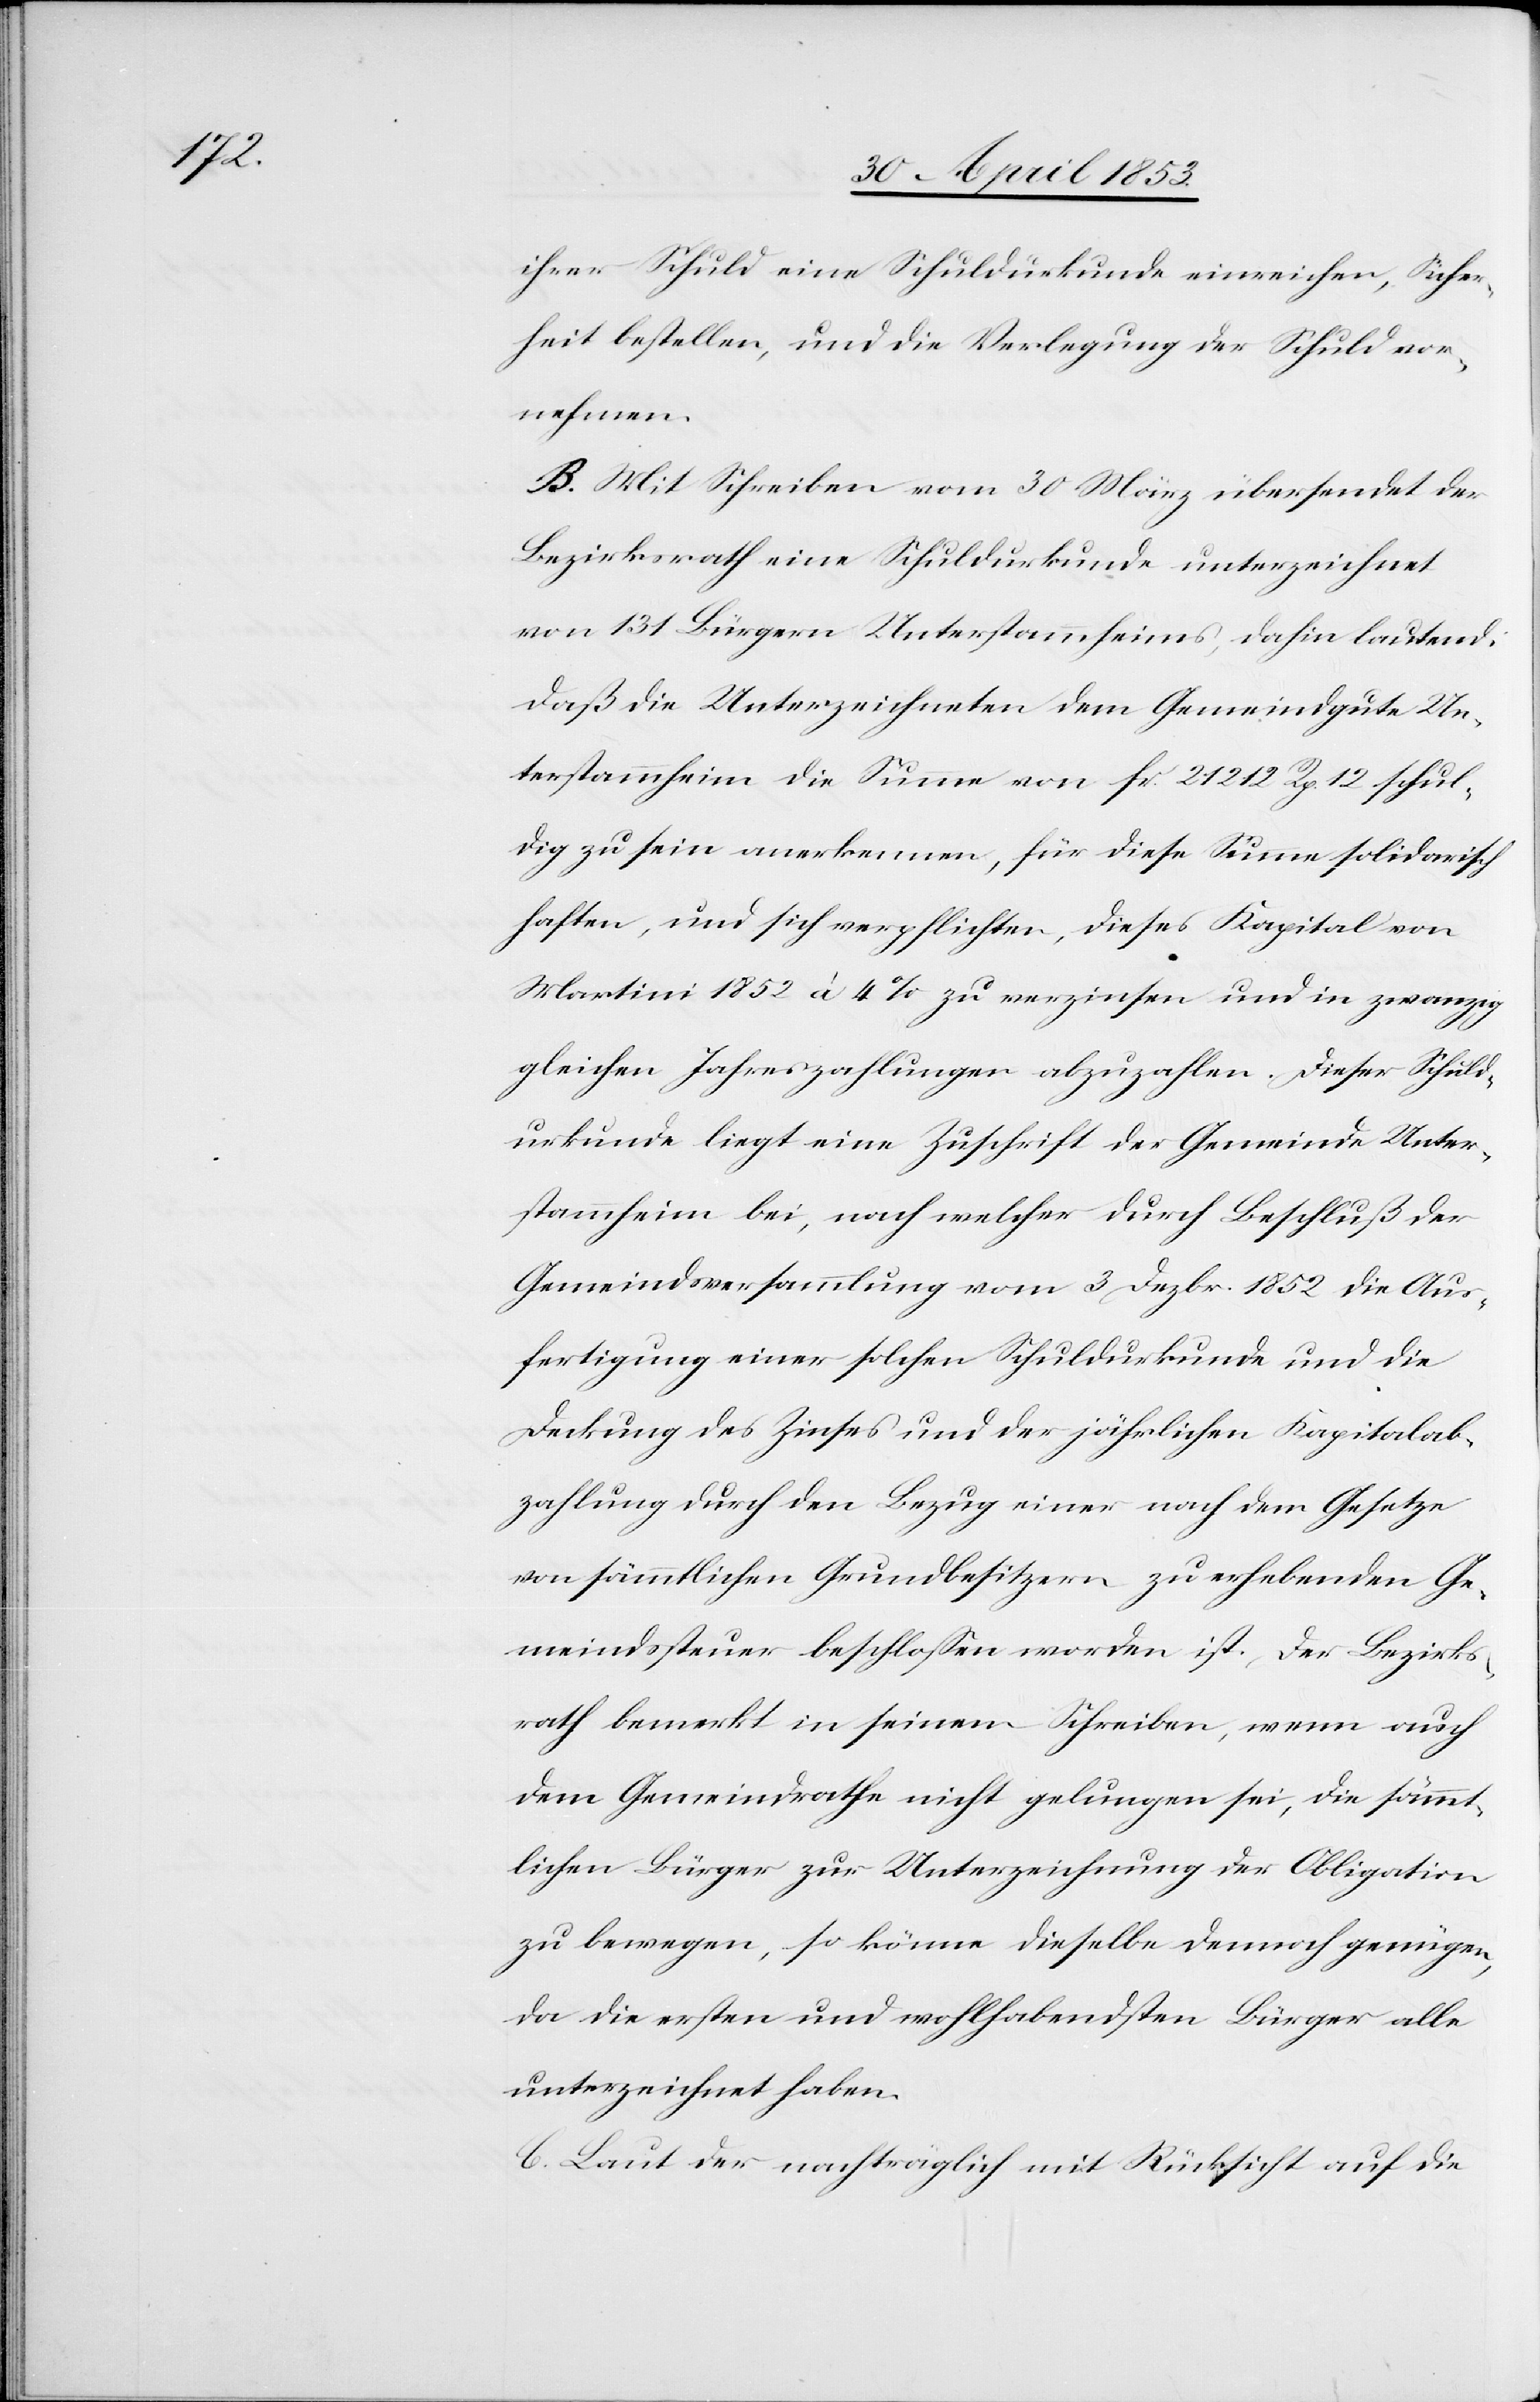
ihrer Schuld eine Schuldurkunde einreichen, Sicher¬
heit bestellen, und die Verlegung der Schuld vor¬
nehmen.
B. Mit Schreiben vom 30 März übersendet der
Bezirksrath eine Schuldurkunde unterzeichnet
von 131 Bürgern Unterstammheims, dahin lautend:
daß die Unterzeichneten dem Gemeindgute Un¬
terstammheim die Summe von fr. 21 212 Rp. 12 schul¬
dig zu sein anerkennen, für diese Summe solidarisch
haften, und sich verpflichten, dieses Kapital von
Martini 1852 à 4% zu verzinsen und in zwanzig
gleichen Jahreszahlungen abzuzahlen. Dieser Schuld¬
urkunde liegt eine Zuschrift der Gemeinde Unter¬
stammheim bei, nach welcher durch Beschluß der
Gemeindsversammlung vom 3 Dezbr. 1852 die Aus¬
fertigung einer solchen Schuldurkunde und die
Deckung des Zinses und der jährlichen Kapitalab¬
zahlung durch den Bezug einer nach dem Gesetze
von sämmtlichen Grundbesitzern zu erhebenden Ge¬
meindssteuer beschloßen worden ist. Der Bezirks¬
rath bemerkt in seinem Schreiben, wenn auch
dem Gemeindrathe nicht gelungen sei, die sämmt¬
lichen Bürger zur Unterzeichnung der Obligation
zu bewegen, so könne dieselbe dennoch genügen,
da die ersten und wohlhabendsten Bürger alle
unterzeichnet haben.
C. Laut der nachträglich mit Rücksicht auf die